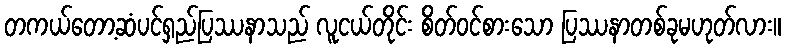
တကယ်တော့ဆံပင်ရှည်ပြဿနာသည် လူငယ်တိုင်း စိတ်ဝင်စားသော ပြဿနာတစ်ခုမဟုတ်လား။